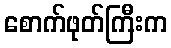
စောက်ဖုတ်ကြီးက